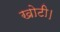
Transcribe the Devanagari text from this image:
खोटी।